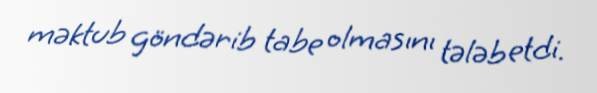
məktub göndərib tabe olmasını tələb etdi.